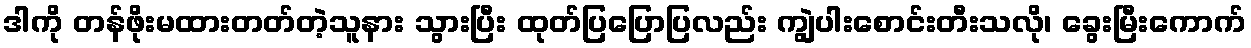
ဒါကို တန်ဖိုးမထားတတ်တဲ့သူနား သွားပြီး ထုတ်ပြပြောပြလည်း ကျွဲပါးစောင်းတီးသလို၊ ခွေးမြီးကောက်